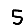
Digit: 5